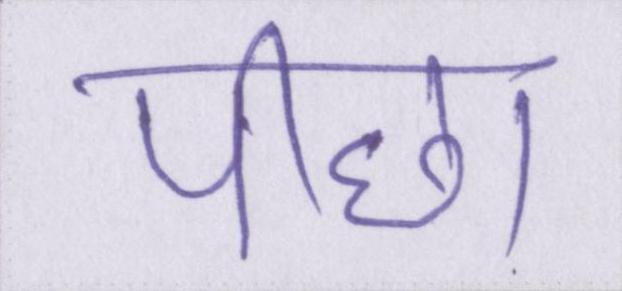
पीछा